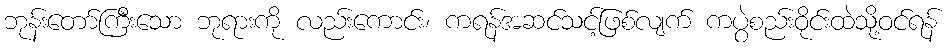
ဘုန်းတော်ကြီးသော ဘုရားကို လည်းကောင်း၊ ကရန်အဆင်သင့်ဖြစ်လျက် ကပွဲစည်းဝိုင်းထဲသို့ဝင်ရန်